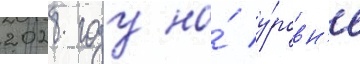
2028 году на́ у́ровн'е